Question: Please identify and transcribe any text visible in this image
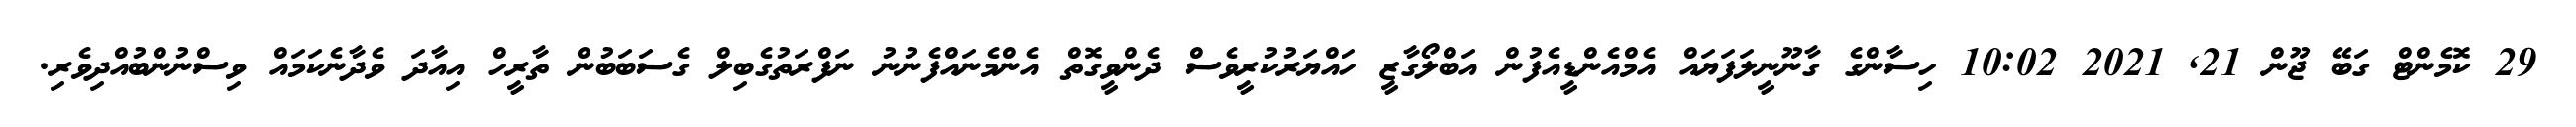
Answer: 29 ކޮމެންޓް ގަބޭ ޖޫން 21, 2021 10:02 ހިސާންގެ ގާނޫނީލަފަޔައް އެމްއެންޑީއެފުން އަބްލޯގާޒީ ހައްޔަރުކުރީވެސް ދެންވީގޮތް އެންމެނައްފެނުނު ނަފްރަތުގެބިލް ގެސަބަބުން ތާރީހް އިއާދަ ވެދާނެކަމައް ވިސްނުންބުއްދިވެރި.